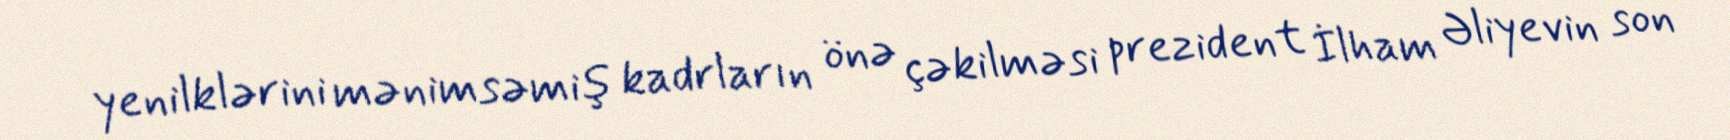
yenilklərini mənimsəmiş kadrların önə çəkilməsi prezident İlham Əliyevin son